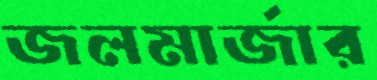
জলমার্জার